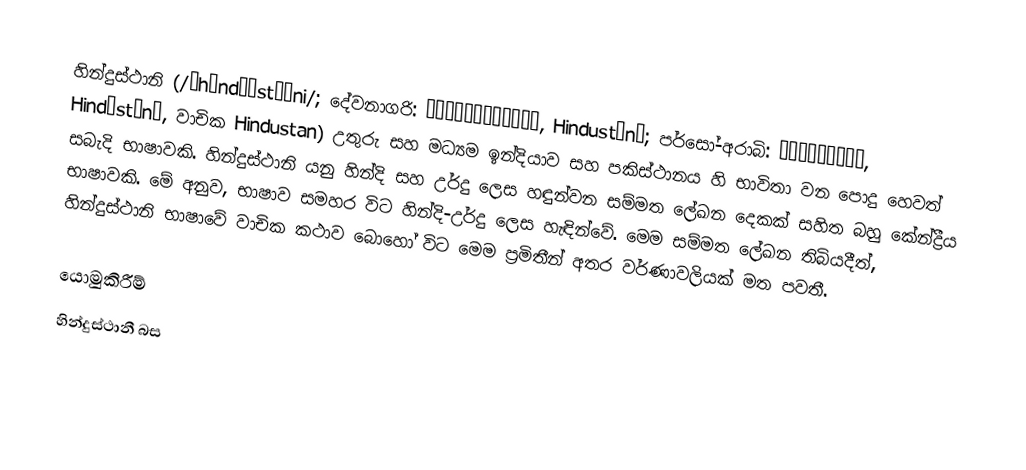
හින්දුස්ථානි (/ˌhɪndʊˈstɑːni/; දේවනාගරි: हिन्दुस्तानी, Hindustānī; පර්සෝ-අරාබි: ہندوستانی, Hindūstānī, වාචික Hindustan) උතුරු සහ මධ්‍යම ඉන්දියාව සහ පකිස්ථානය හි භාවිතා වන පොදු හෙවත් සබැදි භාෂාවකි. හින්දුස්ථානි යනු හින්දි සහ උර්දු ලෙස හඳුන්වන සම්මත ලේඛන දෙකක් සහිත බහු කේන්ද්‍රීය භාෂාවකි. මේ අනුව, භාෂාව සමහර විට හින්දි-උර්දු ලෙස හැඳින්වේ. මෙම සම්මත ලේඛන තිබියදීත්, හින්දුස්ථානි භාෂාවේ වාචික කථාව බොහෝ විට මෙම ප්‍රමිතීන් අතර වර්ණාවලියක් මත පවතී.

යොමුකිරීම්
හින්දුස්ථානී බස